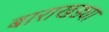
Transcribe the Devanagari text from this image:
बाराखड्या